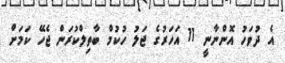
އެ ދުވަހު އޮންނާނީ 11 އަހަރުގެ ޖަލު ހުކުމް ބާތިލްކުރަން ޖެހޭ ކަމަށް